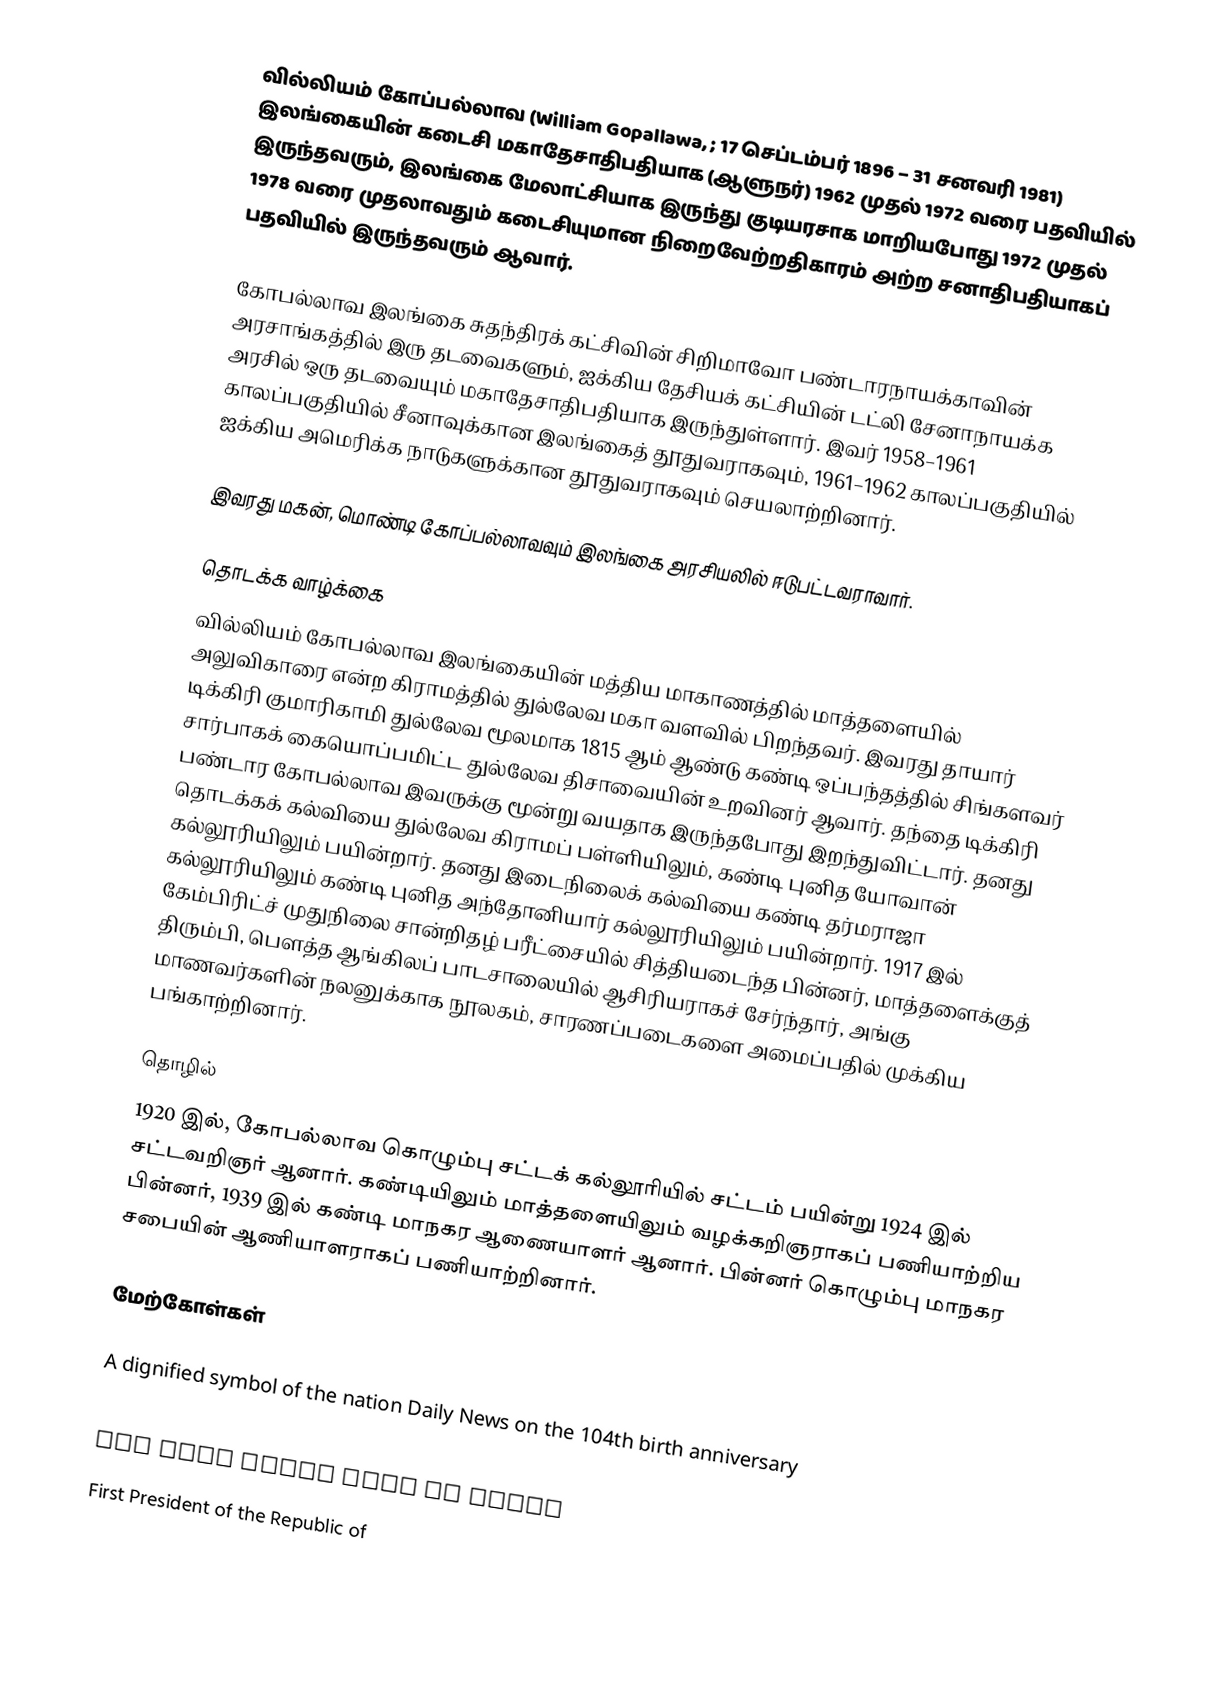
வில்லியம் கோப்பல்லாவ (William Gopallawa, ; 17 செப்டம்பர் 1896 – 31 சனவரி 1981) இலங்கையின் கடைசி மகாதேசாதிபதியாக (ஆளுநர்) 1962 முதல் 1972 வரை பதவியில் இருந்தவரும், இலங்கை மேலாட்சியாக இருந்து குடியரசாக மாறியபோது 1972 முதல் 1978 வரை முதலாவதும் கடைசியுமான நிறைவேற்றதிகாரம் அற்ற சனாதிபதியாகப் பதவியில் இருந்தவரும் ஆவார்.

கோபல்லாவ இலங்கை சுதந்திரக் கட்சிவின் சிறிமாவோ பண்டாரநாயக்காவின் அரசாங்கத்தில் இரு தடவைகளும், ஐக்கிய தேசியக் கட்சியின் டட்லி சேனாநாயக்க அரசில் ஒரு தடவையும் மகாதேசாதிபதியாக இருந்துள்ளார். இவர் 1958–1961 காலப்பகுதியில் சீனாவுக்கான இலங்கைத் தூதுவராகவும், 1961–1962 காலப்பகுதியில் ஐக்கிய அமெரிக்க நாடுகளுக்கான தூதுவராகவும் செயலாற்றினார்.

இவரது மகன், மொண்டி கோப்பல்லாவவும் இலங்கை அரசியலில் ஈடுபட்டவராவார்.

தொடக்க வாழ்க்கை
வில்லியம் கோபல்லாவ இலங்கையின் மத்திய மாகாணத்தில் மாத்தளையில் அலுவிகாரை என்ற கிராமத்தில் துல்லேவ மகா வளவில் பிறந்தவர். இவரது தாயார் டிக்கிரி குமாரிகாமி துல்லேவ மூலமாக 1815 ஆம் ஆண்டு கண்டி ஒப்பந்தத்தில் சிங்களவர் சார்பாகக் கையொப்பமிட்ட துல்லேவ திசாவையின் உறவினர் ஆவார். தந்தை டிக்கிரி பண்டார கோபல்லாவ இவருக்கு மூன்று வயதாக இருந்தபோது இறந்துவிட்டார். தனது தொடக்கக் கல்வியை துல்லேவ கிராமப் பள்ளியிலும், கண்டி புனித யோவான் கல்லூரியிலும் பயின்றார். தனது இடைநிலைக் கல்வியை கண்டி தர்மராஜா கல்லூரியிலும் கண்டி புனித அந்தோனியார் கல்லூரியிலும் பயின்றார். 1917 இல் கேம்பிரிட்ச் முதுநிலை சான்றிதழ் பரீட்சையில் சித்தியடைந்த பின்னர், மாத்தளைக்குத் திரும்பி, பௌத்த ஆங்கிலப் பாடசாலையில் ஆசிரியராகச் சேர்ந்தார், அங்கு மாணவர்களின் நலனுக்காக நூலகம், சாரணப்படைகளை அமைப்பதில் முக்கிய பங்காற்றினார்.

தொழில்
1920 இல், கோபல்லாவ கொழும்பு சட்டக் கல்லூரியில் சட்டம் பயின்று 1924 இல் சட்டவறிஞர் ஆனார். கண்டியிலும் மாத்தளையிலும் வழக்கறிஞராகப் பணியாற்றிய பின்னர், 1939 இல் கண்டி மாநகர ஆணையாளர் ஆனார். பின்னர் கொழும்பு மாநகர சபையின் ஆணியாளராகப் பணியாற்றினார்.

மேற்கோள்கள்

 A dignified symbol of the nation Daily News on the 104th birth anniversary
 William Gopallawa, the first President The 31st anniversary of Presidency
 New York times news on Death
  First President of the Republic of